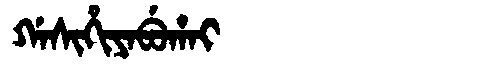
Manchu: ᡤᠠᠰᡳᡥᡳᠶᠠᠪᡠᡥᠠᡳ
Romanization: GASIHIYABUHAI